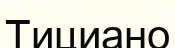
Тициано